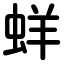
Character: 蛘